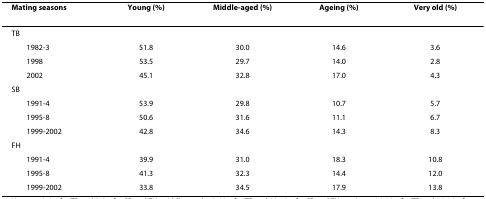
| Mating seasons | Young (%) | Middle-aged (%) | Ageing (%) | Very old (%) |
 | --- | --- | --- | --- | --- |
 | TB |  |  |  |  |
 | 1982-3 | 51.8 | 30.0 | 14.6 | 3.6 |
 | 1998 | 53.5 | 29.7 | 14.0 | 2.8 |
 | 2002 | 45.1 | 32.8 | 17.0 | 4.3 |
 | SB |  |  |  |  |
 | 1991-4 | 53.9 | 29.8 | 10.7 | 5.7 |
 | 1995-8 | 50.6 | 31.6 | 11.1 | 6.7 |
 | 1999-2002 | 42.8 | 34.6 | 14.3 | 8.3 |
 | FH |  |  |  |  |
 | 1991-4 | 39.9 | 31.0 | 18.3 | 10.8 |
 | 1995-8 | 41.3 | 32.3 | 14.4 | 12.0 |
 | 1999-2002 | 33.8 | 34.5 | 17.9 | 13.8 |